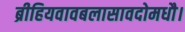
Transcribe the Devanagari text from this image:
ब्रीहियवावबलासावदोमधौ।